Vital statistics of India. Vol. IV, Annual returns from 1871 to 1876. British Army of India, Native Army and jails of Bengal
Year: 1871
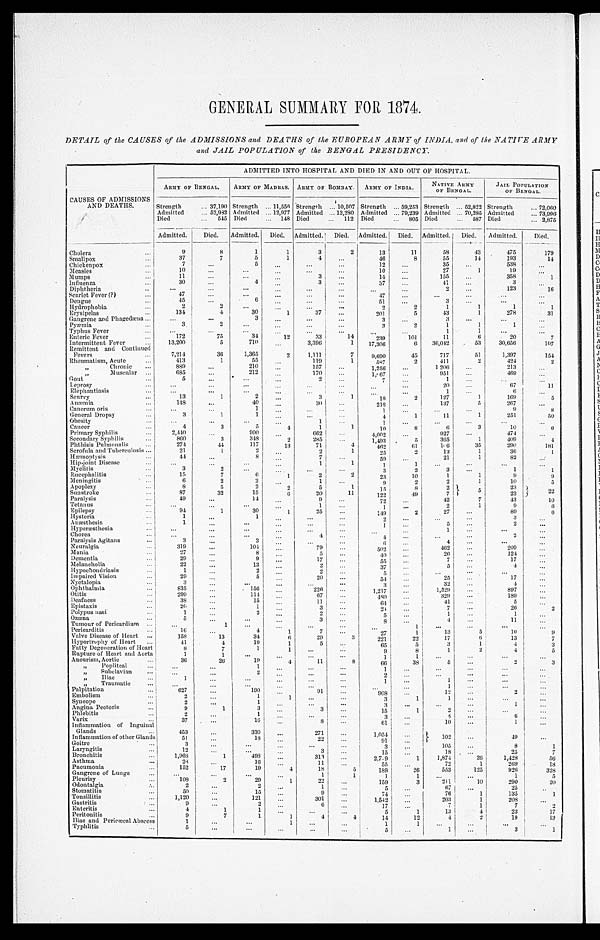
GENERAL SUMMARY FOR 1874.
DETAIL of the CAUSES of the ADMISSIONS and DEATHS of the EUROPEAN ARMY of INDIA, and of the NATIVE ARMY
and JAIL POPULATION of t he BENGAL PRESIDENCY.
CAUSES OF ADMISSIONS
AND DEATHS.
ADMITTED INTO HOSPITAL AND DIED IN AND OUT OF HOSPITAL.
ARMY OF BENGAL.
ARMY OF MADRAS. ARMY OF BOMBAY.
ARMY OF INDIA.
NATIVE ARMY
OF BENGAL.
JAIL POPULATION
OF BENGAL.
Strength
37,190 Strength 11,556 Strength 10,507 Strength 59,253 Strength 52,822 Strength
72,060
Admitted
52, 982 Admitted 12,977 Admitted 13,280 Admitted 79,239 Admitted 70,285 Admitted
73,996
Died
545 Died
148 Died
112 Died
805 Died
587 Died
2,875
Admitted. D i e d .
Admitted. Died. Admitted. Died. Admitted. Died
.
Admitted. Died. Admitted. Died.
Cholera
9
8
1
1
3
2
13
11
58
43
475
179
Smallpox
37
7
5
1
4
46
8
55
14
193
14
Chickenpox
7
5
12
35
538
Measles
10
10
27
1
19
Mumps
11
3
14
155
358
1
I n f l u e n z a
30
4
3
37
41
3
Diphtheria
2
123
16
Scarlet Fever (?)
47
47
Dengue
45
6
51
3
Hydrophobia
2
2
2
2
1
1
1
1
Erysipelas
134
4
30
1
37
201
5
43
1
278
31
Gangrene and Phagedæna
3
3
3
Pyæmia
3
2
3
2
1
1
1
Typhus Fever
1
1
Enteric Fever
172
75
34
12
33
14
2 3 9
101
11
6
20
7
Intermittent Fever
13,200
5
710
3, 396
1 17,306
6
36, 042
53
30,656
107
Remittent and Continued
Fevers
7,214
36
1,365
2 1 , 1 1 1
7
9 , 6 9 0
45
717
51
1,397
154
Rheumatism, Acute
413
1
55
119
1
5 8 7
2
411
2
424
2
„ Chronic
889
210
157
1,256
1, 206
213
„ M u s c u l a r
685
212
170
1,067
951
469
G o u t
5
2
7
1
Leprosy
20
67
1 1
Elephantiasis
1
6
Scurvy
13
1
2
3
1
1 8
2
127
1
1 6 9
5
A n æ m i a
148
40
30
218
137
5
267
Cancrum oris
1
1
9
8
General Dropsy
3
1
1
4
1
11
1
251
50
Obesity
1
1
Cancer
4
3
5
4
1
1
10
8
6
3
10
6
Primary Syphilis
2,440
900
662
4,002
927
474
Secondary Syphilis
860
3
348
2
285
1 , 4 9 3
5
365
1
4 0 9
4
Phthisis Pulmonalis
274
44
117
13
71
4
462
61 106
35
290
181
Scrofula and Tuberculosis
21
1
2
2
1
2 5
2
12
1
36
1
H æ m o p t y s i s
44
8
7
59
21
1
82
Hip-joint Disease
1
1
1
1
Myelitis
3
2
3
2
3
1
1
Encephalitis
15
7
6
1
2
2
23
10
1
1
9
9
Meningitis
6
2
2
1
9
2
2
1
10
5
Apoplexy
8
5
2
2
5
1
15
8
2 5
2 3
2
2
Sunstroke
87
32
15
6
20
11
122
49 7
23
Paralysis
49
14
9
72
42
7
43
10
Tetanus
1
1
2
1
9
6
Epilepsy
94
1
30
1
25
1 4 9
2
27
89
6
H y s t e r i a
1
1
2
3
Anæsthesia
1
1
5
2
Hyper æs t hes i a
1
Chorea
4
4
2
Paralysis Agitans
3
3
6
4
Neuralgia
319
104
79
502
462
209
Mania
27
8
5
4 0
26
124
Dementia
29
9
17
5 5
7
17
Melancholia
22
13
2
3 7
5
4
Hypochondriasis
1
2
2
5
Impaired Vision
29
5
20
5 4
25
1 7
Ny c t a l o p i a
3
3
32
4
Ophthalmia
835
1 5 6
2 2 6
1 , 2 1 7
1,529
897
Otitis
299
114
67
4 8 0
329
189
Deafness
38
15
1 1
6 4
41
5
Epistaxis
20
1
3
2 4
7
26
2
Polypus nasi
1
2
2
5
1
1
Ozœna
5
3
8
4
11
Tumour of Pericardium
1
1
Pericarditis
16
4
1
7
2 7
1
13
5
10
9
Valve Disease of Heart
158
13
34
6
29
3
2 2 1
22
17
6
13
7
H y p o r t r o p h y o f H e a r t
41
4
19
1
5
6 5
5
3
1
4 3
Fatty Degeneration of Heart
8
7
1
1
9
8
1
2
4
5
Rupt ur e of Hear t and Aor t a
1
1
1
1
Aneurism, Aortic
36
26
19
4
11
8
66
38
5
2
3
„ Popliteal
1
1
„ Subclavian
2
2
„ Iliac
1
1
1
„ Traumatic
1
Palpitation
627
190
91
9 0 8
12
2
Embolism
2
1
1
3
1
1
Syncope
2
1
3
1
Angina Pectoris
9
1
3
3
1 5
1
2
Phlebitis
2
1
3
5
6
V a r i x
37
16
8
6 1
10
1
I n f l a m m a t i o n o f I n g u i n a l
Glands
453
330
271
1 , 0 5 4
102
49
Inflammation of other Glands
51
18
22
9 1
Goitre
3
3
105
8
1
Laryngitis
12
3
1 5
18
25
7
Bronchitis
1, 968
1
498
313
2 , 7 9
1
1,874
26 1 , 4 2 8
5 6
Asthma
28
16
1 1
55
72
1
2 6 9
18
Pneumonia
152
17
19
4
18
5 1 8 9
2 6 5 5 3
1 2 5
9 2 6
3 2 8
Gangrene of Lungs
1
1
1
1
1
5
Pleurisy
1 0 8
2
29
1
22
1 5 9
3
211
1 0 2 9 0
2 0
Odontalgia
2
2
1
5
67
25
Stomatitis
50
15
9
74
76
1
135
1
Tonsillitis
1,120
121
301
1,542
203
1
208
Gastritis
9
2
6
1 7
7
1
7 2
Enteritis
4
1
1
5
1
13
4
23
17
Peritonitis
9
7
1
1
4
4
14
12
4
2
19
13
Iliac and Pericœcal Abscess
1
1
1
1
Typhlitis
5
5
1
3 1